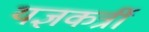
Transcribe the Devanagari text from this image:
यज्ञकर्त्री